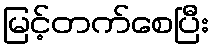
မြင့်တက်စေပြီး